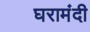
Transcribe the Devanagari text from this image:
घरामंदी